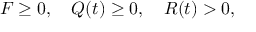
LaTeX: F \geq 0 , \quad Q ( t ) \geq 0 , \quad R ( t ) > 0 ,